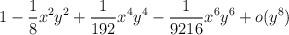
LaTeX: \begin{align*}1 - \frac {1}{8} x^2 y^2 + \frac {1}{192} x^4 y^4- \frac {1}{9216} x^6 y^6 + o(y^8)\end{align*}